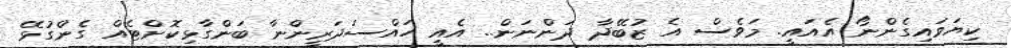
ކިޔަވައިގެންނޯ އެއައީ. މަވެސް އެ ޒުބޭދާ ދަންނަން.. އެއީ ހައްސަދަރީންނާ ބަންގާޅިކޮށްޓެއް ގެންގުޅޭ